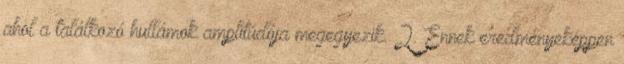
ahol a találkozó hullámok amplitúdója megegyezik. 2. Ennek eredményeképpen